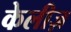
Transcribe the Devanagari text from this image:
केलीज़